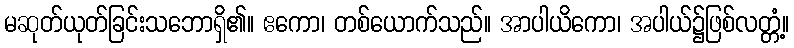
မဆုတ်ယုတ်ခြင်းသဘောရှိ၏။ ဧကော၊ တစ်ယောက်သည်။ အာပါယိကော၊ အပါယ်၌ဖြစ်လတ္တံ့။